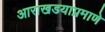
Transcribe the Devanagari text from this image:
आराखडयाप्रमाणे